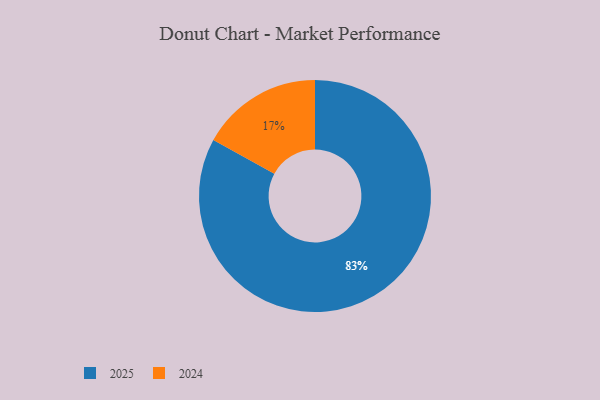
{"axis": {"x": "Category", "y": "Percentage"}, "legend": ["2024", "2025"], "data": [{"x": "2024", "y": 17, "type": "2024"}, {"x": "2025", "y": 83, "type": "2025"}]}